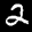
Label: 2